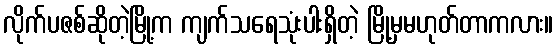
လိုက်ပဇစ်ဆိုတဲ့မြို့က ကျက်သရေသုံးပါးရှိတဲ့ မြို့မှမဟုတ်တာကလား။